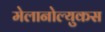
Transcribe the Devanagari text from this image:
मेलानोल्युकस